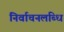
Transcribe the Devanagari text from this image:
निर्वाचनलब्धि